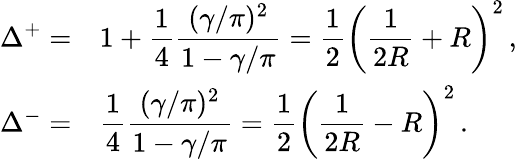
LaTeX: \begin{array}{rl}{{\displaystyle\Delta^{+}=}}&{{1+\displaystyle\frac{1}{4}\displaystyle\frac{(\gamma/\pi)^{2}}{1-\gamma/\pi}=\displaystyle\frac{1}{2}\left(\displaystyle\frac{1}{2R}+R\right)^{2}\, ,}}\\ {{\Delta^{-}=}}&{{\displaystyle\frac{1}{4}\displaystyle\frac{(\gamma/\pi)^{2}}{1-\gamma/\pi}=\displaystyle\frac{1}{2}\left(\displaystyle\frac{1}{2R}-R\right)^{2}\, .}}\end{array}